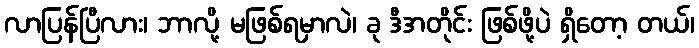
လာပြန်ပြီလား၊ ဘာလို့ မဖြစ်ရမှာလဲ၊ ခု ဒီအတိုင်း ဖြစ်ဖို့ပဲ ရှိတော့ တယ်၊